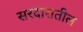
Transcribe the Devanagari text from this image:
सरदारातील